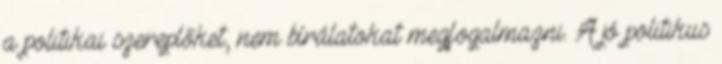
a politikai szereplőket, nem bírálatokat megfogalmazni. A jó politikus